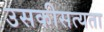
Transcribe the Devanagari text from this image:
उसकीसत्यता